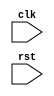
// This program was cloned from: https://github.com/ustb-owl/Uranus
// License: GNU General Public License v3.0

`timescale 1ns / 1ps

module TLB(
    input clk,
    input rst
);

endmodule // TLB